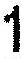
1